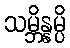
သမ္ဘိန္နမ္ပိ